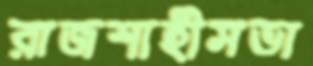
রাজশাহীসভা